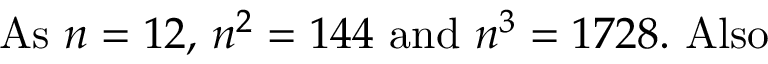
{ \mathrm { A s ~ } } n = 1 2 { \mathrm { , ~ } } n ^ { 2 } = 1 4 4 { \mathrm { ~ a n d ~ } } n ^ { 3 } = 1 7 2 8 . { \mathrm { ~ A l s o } }